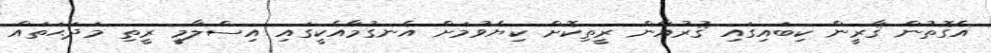
އެގޮތުން ޤާރީން ކިބައިގައި ޤުރުއާން ރީތިކޮށް ކިޔެވުމަށް އެނގުމާއެކީގައި އިސްލާމީ ރީތި މަދަޙަތައް